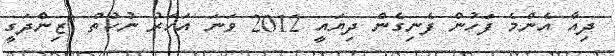
ދިއާ އެންމެ ފަހުން ފެނިގެން ދިޔައީ 2012 ވަނަ އަހަރު ނުކުތް "ޒިންދަގީ